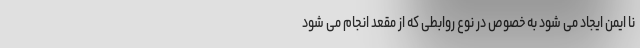
نا ایمن ایجاد می شود به خصوص در نوع روابطی که از مقعد انجام می شود